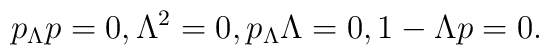
p_\Lambda p=0, \Lambda^2=0, p_\Lambda \Lambda=0, 1-\Lambda p=0.